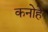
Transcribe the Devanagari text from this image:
कनोहे